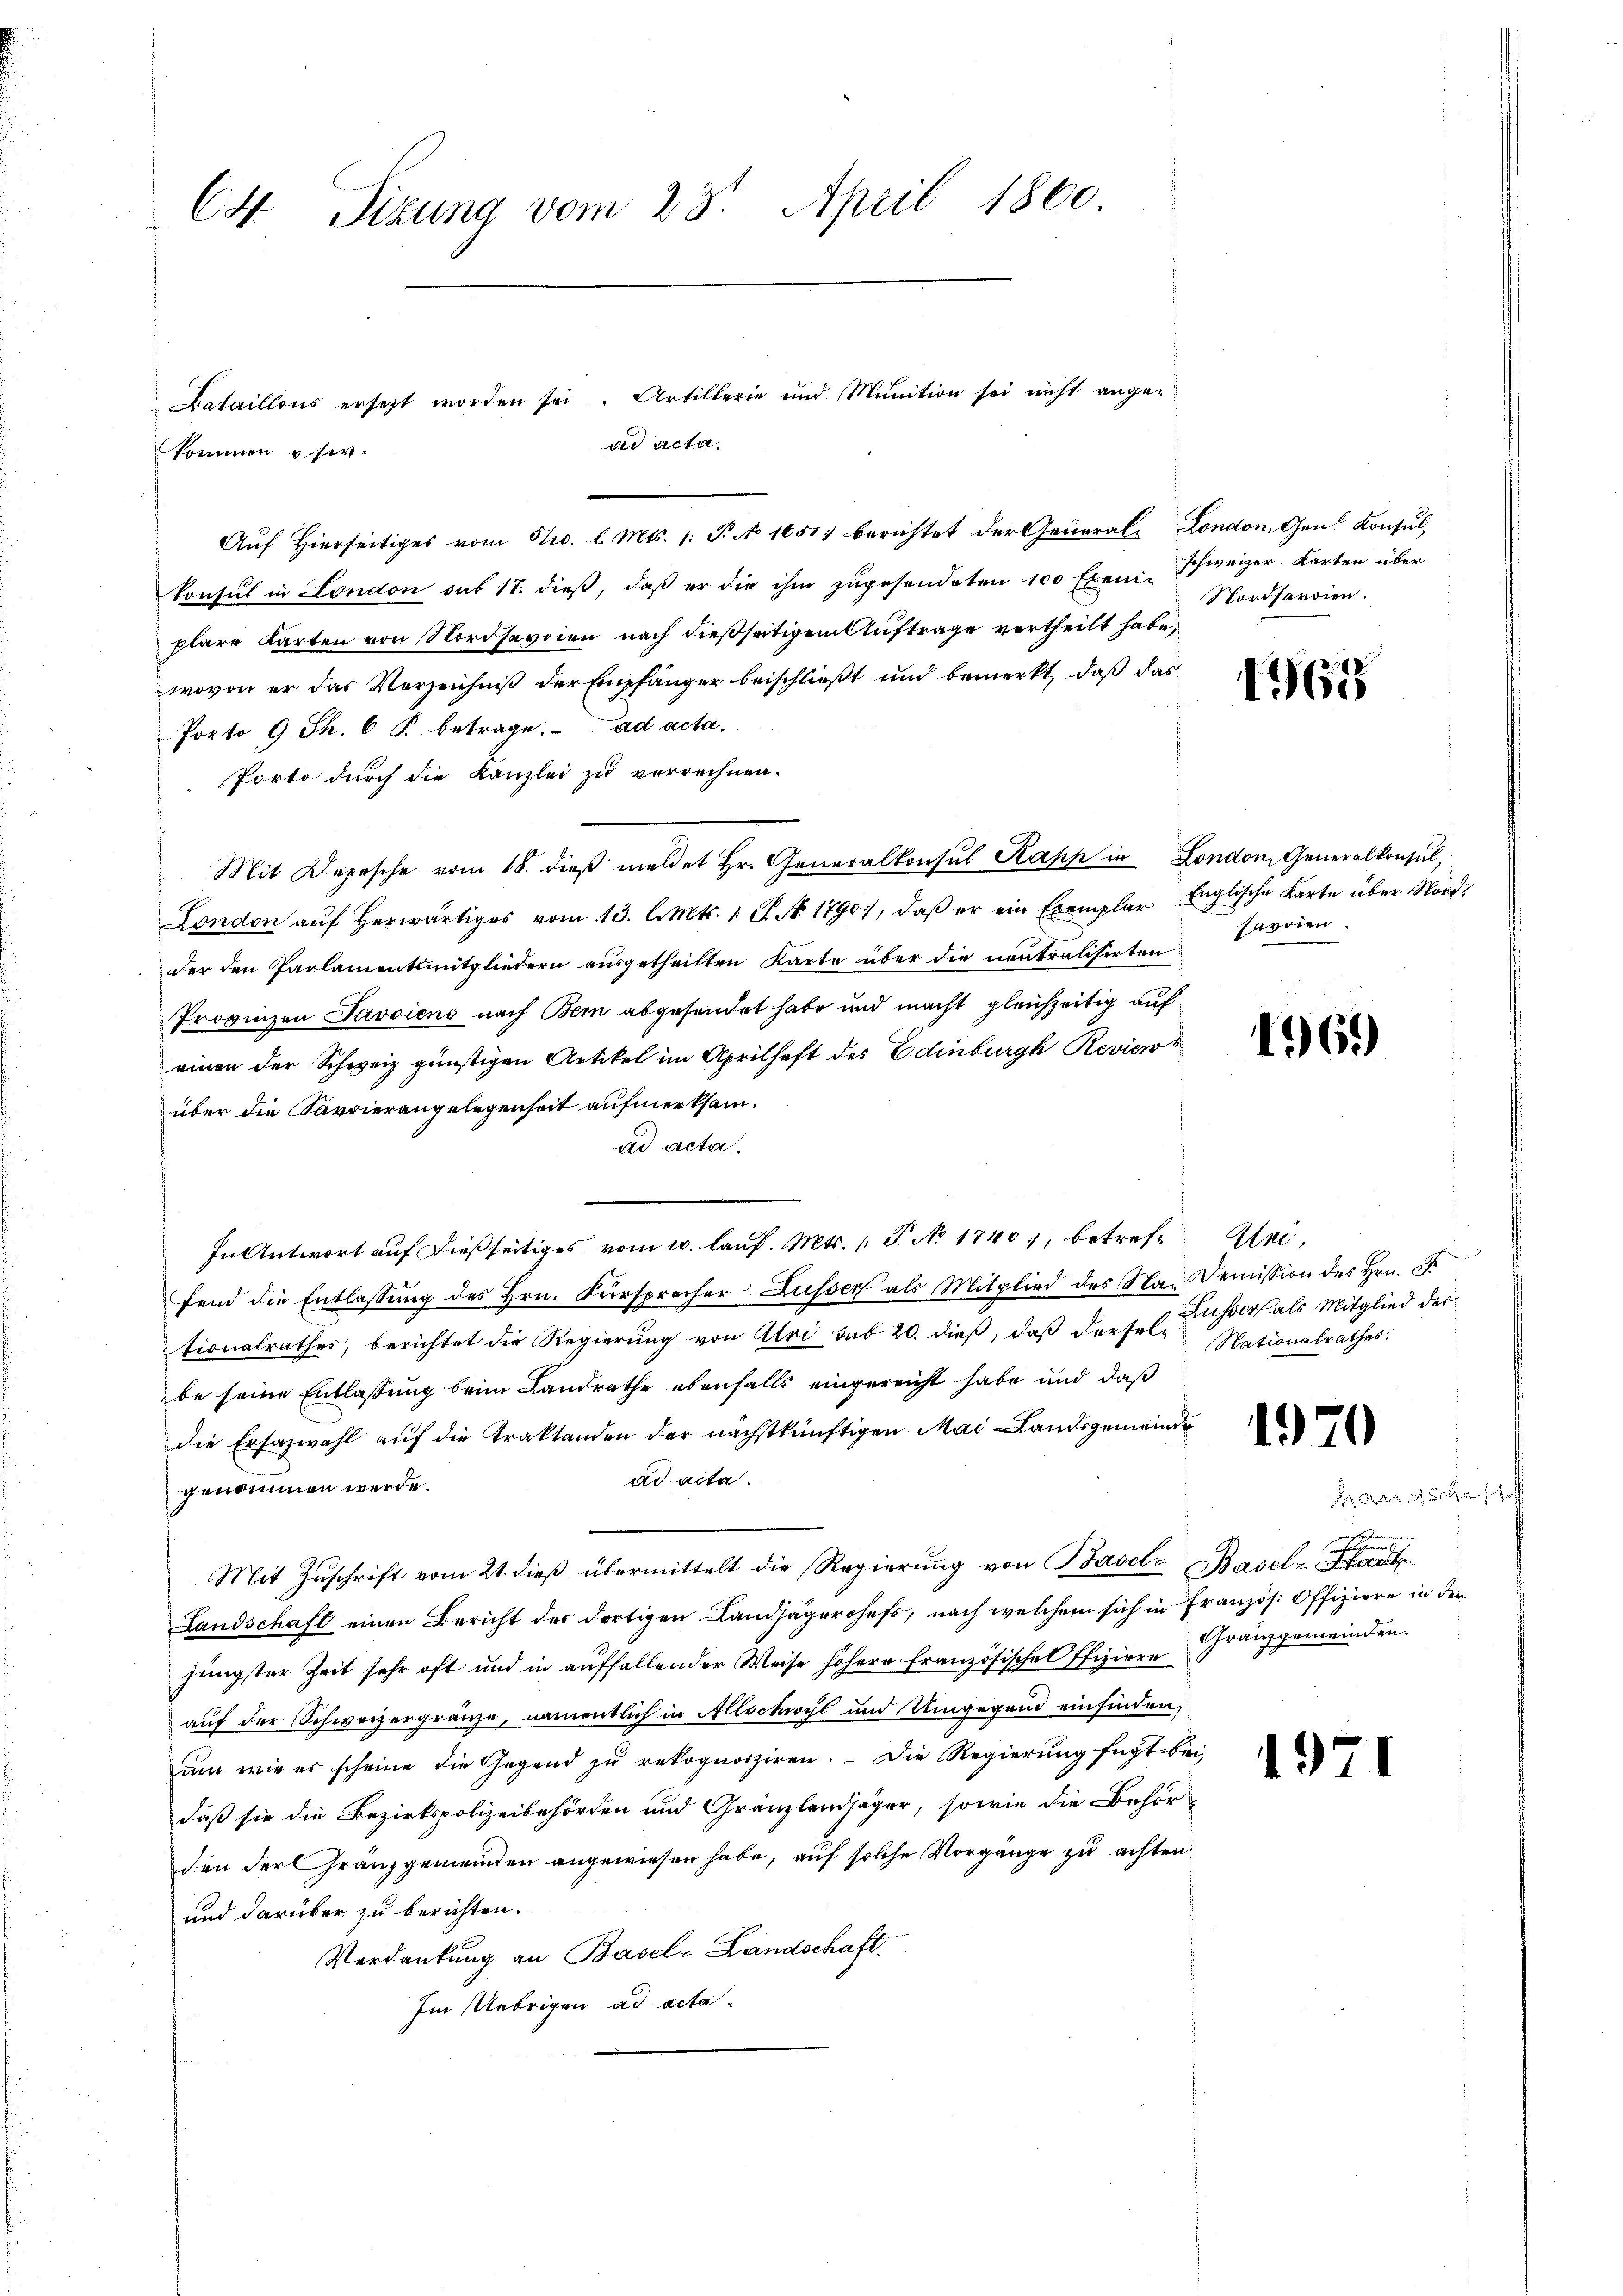
CH Sizung vom 23. April 1860

Aŭf Hierseitiges vom 31. l. Mts. 1. P. No 1651. berichtet der General- London den Konsŭl,
konsul in London sub 17. dieß, daß er die ihm zŭgesendeten 100 Exen-Schweizer. Karten über
plare Karten von Nordsavoien nach dießseitigem Auftrage vertheilt habe,
wovon er das Verzeichniß der Empfänger beischließt und bemerkt, daß das
Porto 9 Th. 6 §. betrage. ad acta,
Porto durch die Kanzlei zu verrechnen.
Mit Depesche vom 18. dieß meldet Hr. Generalkonsul Kapp in London, Generalkonsul,
London aŭf herwärtiges vom 13. l. Mts. 1 P. No. 1790), daβ er ein Exemplar Englische Karte über Nord-
der den Parlamentsmitgliedern aŭsgetheilten Karte über die nantralisirten voien
Provinzen Javoiens nach Bern abgesendet habe und macht gleichzeitig auf
einen der Schweiz günstigen Artikel im Aprilhaft des Edinburgh Revisor
über die Savoierangelegenheit aufmerksamad acta
In Antwort auf dießseitiges vom 10. laŭf. Mts. (T. No 1740), betref¬ Unfend die Entlassŭng des Hrn. Fürsprecher Füsser als Mitglied des Nademission des Hrn. F.
Lusser als Mitglied der
tionalrathes, berichtet die Regierung von Aloi sub 20. dieß, daß dersel¬
Nationalrathes.
be seine Entlassung beim Landrathe ebenfalls eingereicht habe und daß
die Erfazwahl auf die Traktanden der nächstkünftigen Mai-Landsgemeinde
1970
ad acta.
genommen werde.

e
Mit Zŭschrift vom 21. dieβ übermittelt die Regierŭng von Basel- Basel-Stadt
Landschaft einen Bericht der dortigen Landjägerohefs, nach welchem sich in Französ. Offiziere in der
jüngster Zeit sehr oft und in aŭffallender Weise höhere französische Pfiziere Franzgemeinden.
auf der Schweizergränze, namentlich in Allschwyl und Umgegend einfinden,
um wie es scheine die Gegend zu rekognosziren. Die Regierung fügt bei
1971
daß sie die Bezirkspolizeibehörden und Gränzlandjäger, sowie die Behör-
den der Franzgemeinden angewiesen habe, auf solche Vorgänge zu achten.
und darüber zu berichten.
Verdankung an Basel-Landschaft.
Im Uebrigen ad acta

Bataillons ersezt worden sei. Artillerie und Munition sei nicht angead acta.
kommen user.

Nordhardien.

1965

1969